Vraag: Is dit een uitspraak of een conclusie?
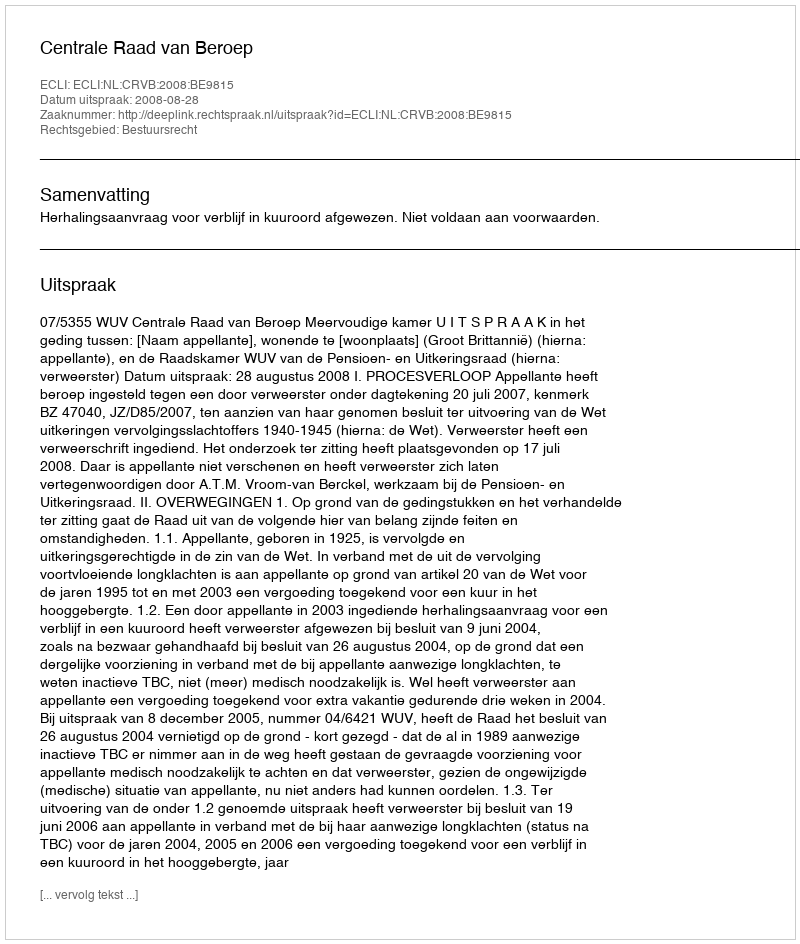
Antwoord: Uitspraak